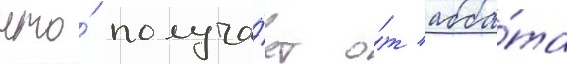
что́ получа́ет о́т абба́та